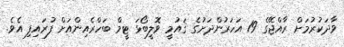
ވާދަކުރުމަށް ރާއްޖޭގެ 19 އަހަރުންދަށުގެ ޤައުމީ ވޮލީބޯޅަ ޓީމް ބަހްރެއިންއަށް ފުރައިފި އެވެ.